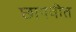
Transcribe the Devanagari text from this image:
छापवीत